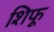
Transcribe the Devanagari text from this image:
शिफू